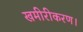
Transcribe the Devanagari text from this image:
खमीरीकरण।